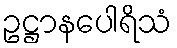
ဥဋ္ဌာနပေါရိသံ